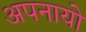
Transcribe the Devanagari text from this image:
अपनायो